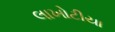
લાખોટીયા